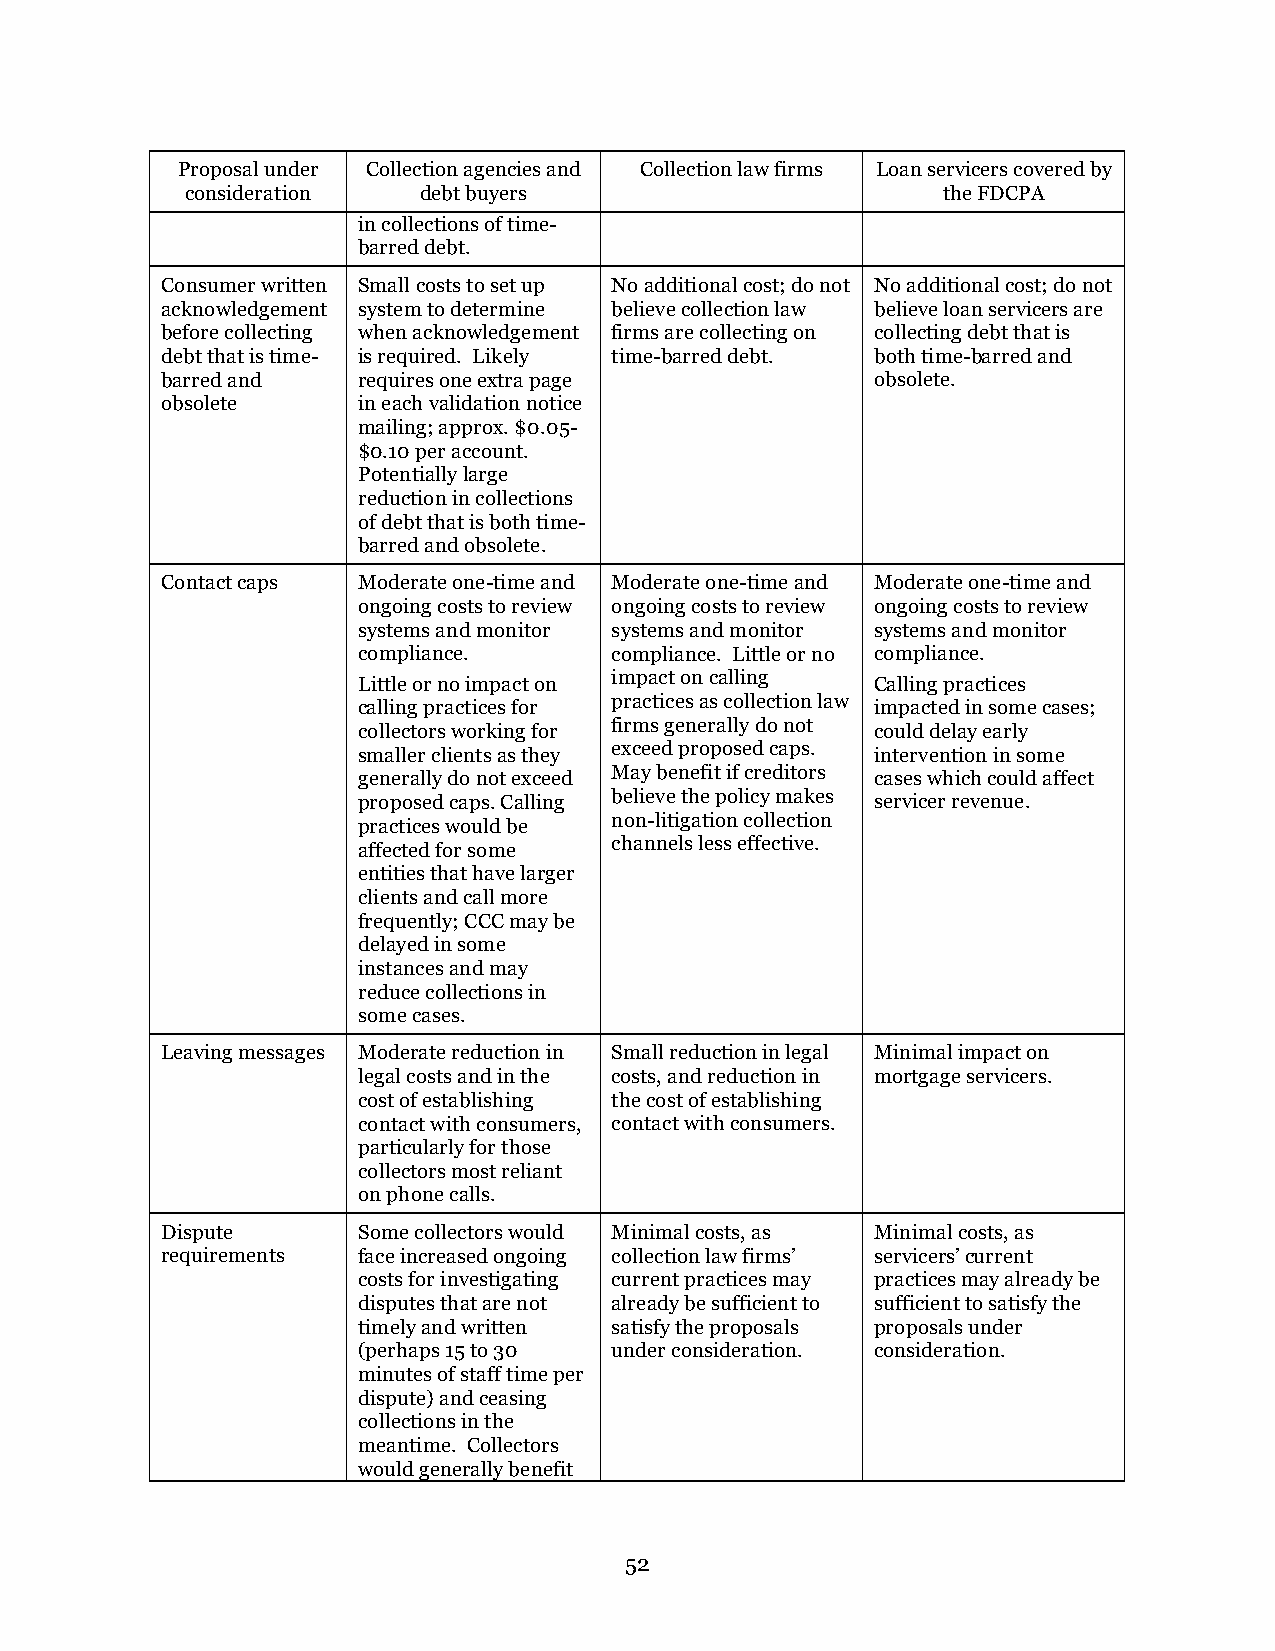
Proposal under Collection agencies and Collection law firms Loan servicers covered by
 consideration   debt buyers                       the FDCPA
 in collections of time-
 barred debt.
 Consumer written Small costs to set up No additional cost; do not No additional cost; do not
 acknowledgement system to determine believe collection law believe loan servicers are
 before collecting when acknowledgement firms are collecting on collecting debt that is
 debt that is time- is required. Likely time-barred debt. both time-barred and
 barred and   requires one extra page           obsolete.
 obsolete     in each validation notice
 mailing; approx. $0.05-
 $0.10 per account.
 Potentially large
 reduction in collections
 of debt that is both time-
 barred and obsolete.
 Contact caps Moderate one-time and Moderate one-time and Moderate one-time and
 ongoing costs to review ongoing costs to review ongoing costs to review
 systems and monitor systems and monitor systems and monitor
 compliance.     compliance. Little or no compliance.
 impact on calling
 Little or no impact on            Calling practices
 calling practices for practices as collection law impacted in some cases;
 collectors working for firms generally do not could delay early
 exceed proposed caps.
 smaller clients as they           intervention in some
 generally do not exceed May benefit if creditors cases which could affect
 proposed caps. Calling believe the policy makes servicer revenue.
 non-litigation collection
 practices would be
 channels less effective.
 affected for some
 entities that have larger
 clients and call more
 frequently; CCC may be
 delayed in some
 instances and may
 reduce collections in
 some cases.
 Leaving messages Moderate reduction in Small reduction in legal Minimal impact on
 legal costs and in the costs, and reduction in mortgage servicers.
 cost of establishing the cost of establishing
 contact with consumers, contact with consumers.
 particularly for those
 collectors most reliant
 on phone calls.
 Dispute      Some collectors would Minimal costs, as Minimal costs, as
 requirements face increased ongoing collection law firms’ servicers’ current
 costs for investigating current practices may practices may already be
 disputes that are not already be sufficient to sufficient to satisfy the
 timely and written satisfy the proposals proposals under
 (perhaps 15 to 30 under consideration. consideration.
 minutes of staff time per
 dispute) and ceasing
 collections in the
 meantime. Collectors
 would generally benefit
 52